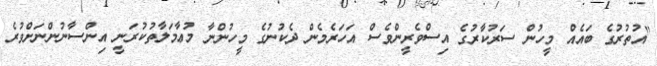
"އުތުރުގެ ބައެއް މީހުން ސަރުކާރުގެ އިސްވެރީންވެސް އަހަރެމެން ދެކުނުގެ މީހުންނާ މުޢާމަލާތުކުރަނީ އިންސާނުންނަށްވުރެ